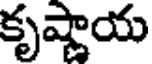
కృష్ణాయ